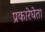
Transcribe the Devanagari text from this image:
प्रकारेघेता